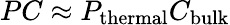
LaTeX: PC\approx P_{\mathrm{thermal}}C_{\mathrm{bulk}}